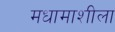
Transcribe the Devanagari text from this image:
मधामाशीला